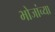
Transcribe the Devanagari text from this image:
भोजांच्या